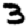
Digit: 3